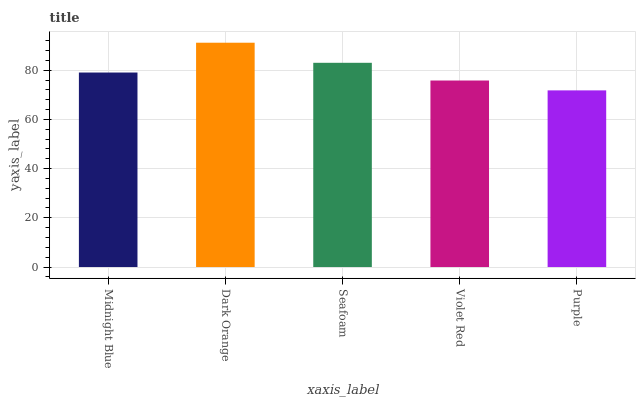
| xaxis_label | bars |
 | --- | --- |
 | Midnight Blue | 79.1 |
 | Dark Orange | 91.2 |
 | Seafoam | 83 |
 | Violet Red | 75.8 |
 | Purple | 71.8 |